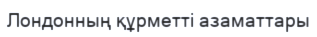
Лондонның құрметті азаматтары